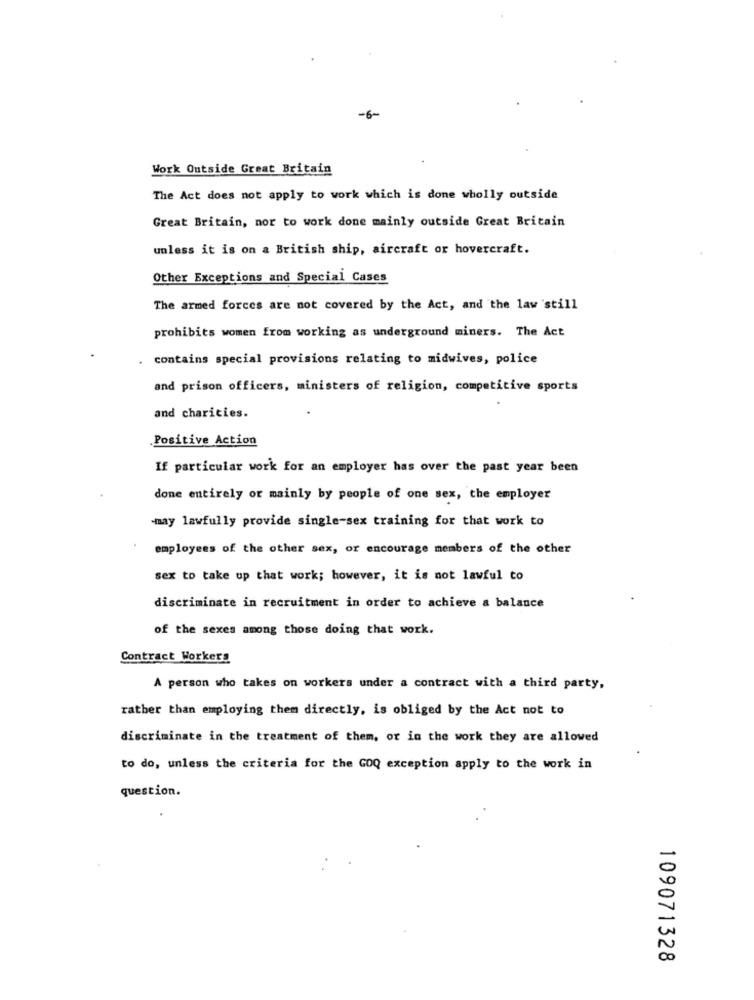
-6-
Work Outside Great Britain
The Act does not apply to work which is done wholly outside
Great Britain, nor to work done mainly outside Great Britain
unless it is on a British ship, aircraft or hovercraft.
Other Exceptions and Special Cases
The armed forces are not covered by the Act, and the law still
prohibits women from working as underground miners. The Act
. contains special provisions relating to midwives, police
and prison officers, ministers of religion, competitive sports
and charities.
.Positive Action
If particular work for an employer has over the past year been
done entirely or mainly by people of one sex, the employer
-may lawfully provide single-sex training for that work to
employees of the other sex, or encourage members of the other
sex to take up that work; however, it is not lawful to
discriminate in recruitment in order to achieve a balance
of the sexes among those doing that work.
Contract Workers
A person who takes on workers under a contract with a third party,
rather than employing them directly, is obliged by the Act not to
discriminate in the treatment of them, or in the work they are allowed
to do, unless the criteria for the GOQ exception apply to the work in
question.
109071328